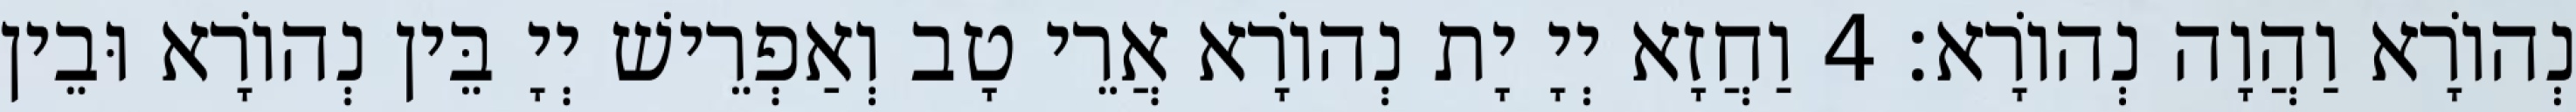
נְהוֹרָא וַהֲוָה נְהוֹרָא׃ 4 וַחֲזָא יְיָ יָת נְהוֹרָא אֲרֵי טָב וְאַפְרֵישׁ יְיָ בֵּין נְהוֹרָא וּבֵין